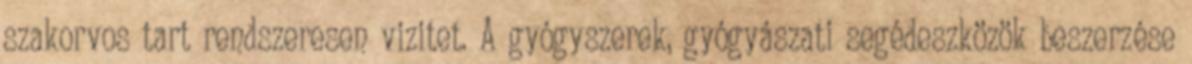
szakorvos tart rendszeresen vizitet. A gyógyszerek, gyógyászati segédeszközök beszerzése